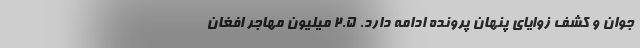
جوان و کشف زوایای پنهان پرونده ادامه دارد. ۲.۵ میلیون مهاجر افغان